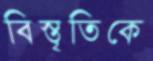
বিস্তৃতিকে